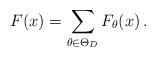
LaTeX: \begin{align*} F(x)= \sum_{\theta \in \Theta_D}F_\theta(x)\,.\end{align*}